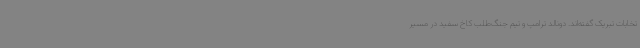
تخابات تبریک گفته‌اند. دونالد ترامپ و تیم جنگ‌طلب کاخ سفید در مسیر